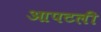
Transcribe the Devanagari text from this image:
आपटली